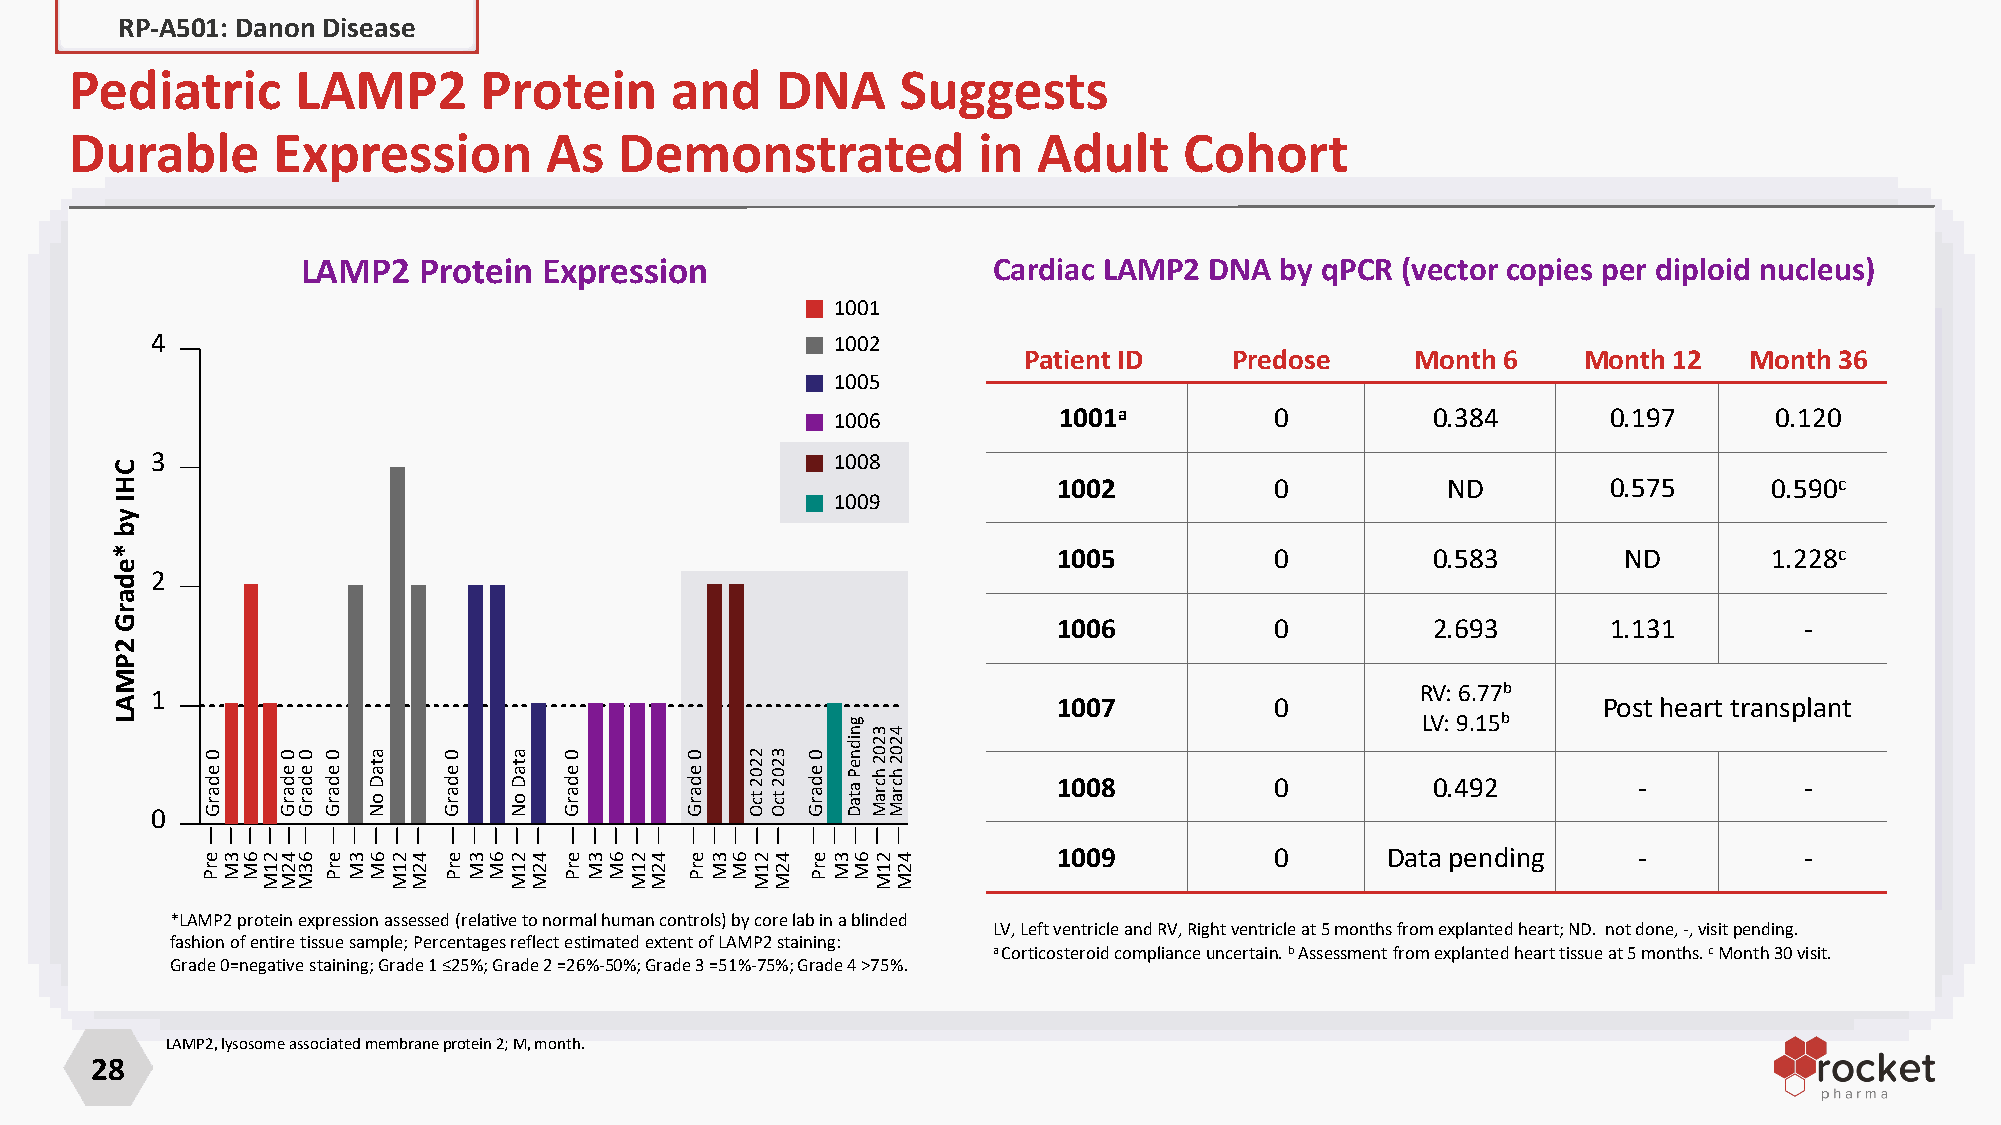
RP-A501: Danon Disease
 Pediatric      LAMP2       Protein     and    DNA      Suggests
 Durable      Expression        As   Demonstrated            in  Adult    Cohort
 LAMP2   Protein Expression                    Cardiac LAMP2 DNA  by qPCR (vector copies per diploid nucleus)
 1001
 4                                            1002
 Patient ID    Predose     Month 6    Month 12   Month 36
 1005
 1006           1001a         0          0.384       0.197     0.120
 3                                            1008
 1002          0           ND         0.575     0.590c
 1009
 1005          0          0.583       ND        1.228c
 2
 1006          0          2.693       1.131       -
 1                                                                                   RV: 6.77b
 1007          0                     Post heart transplant
 LV: 9.15b
 1008          0          0.492        -          -
 0
 1009          0       Data pending    -          -
 *LAMP2 protein expression assessed (relative to normal human controls) by core lab in a blinded
 LV,LeftventricleandRV,Rightventricleat5monthsfromexplantedheart;ND. notdone,-,visitpending.
 fashion of entire tissue sample; Percentages reflect estimated extent of LAMP2 staining:
 aCorticosteroidcomplianceuncertain.bAssessmentfromexplantedhearttissueat5months.cMonth30visit.
 Grade 0=negative staining;Grade 1 ≤25%; Grade 2 =26%-50%; Grade 3 =51%-75%; Grade 4 >75%.
 LAMP2, lysosome associatedmembraneprotein 2; M, month.
 28
 CHI
 yb
 *edarG
 2PMAL
 0
 edarG
 erP 3M 6M 21M
 0
 edarG
 42M
 0
 edarG
 63M
 0
 edarG
 erP 3M
 ataD
 oN
 6M 21M 42M
 0
 edarG
 erP 3M 6M
 ataD
 oN
 21M 42M
 0
 edarG
 erP 3M 6M 21M 42M
 0
 edarG
 erP 3M 6M
 2202
 tcO
 21M
 3202
 tcO
 42M
 0
 edarG
 erP 3M
 gnidneP
 ataD
 6M
 3202
 hcraM
 21M
 4202
 hcraM
 42M